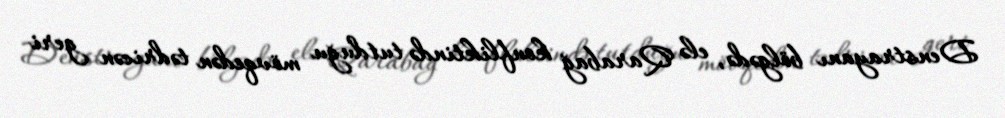
Denstrayanı bölgədə, elə Qarabağ konfliktində tutduğu mövqedən tədricən geri